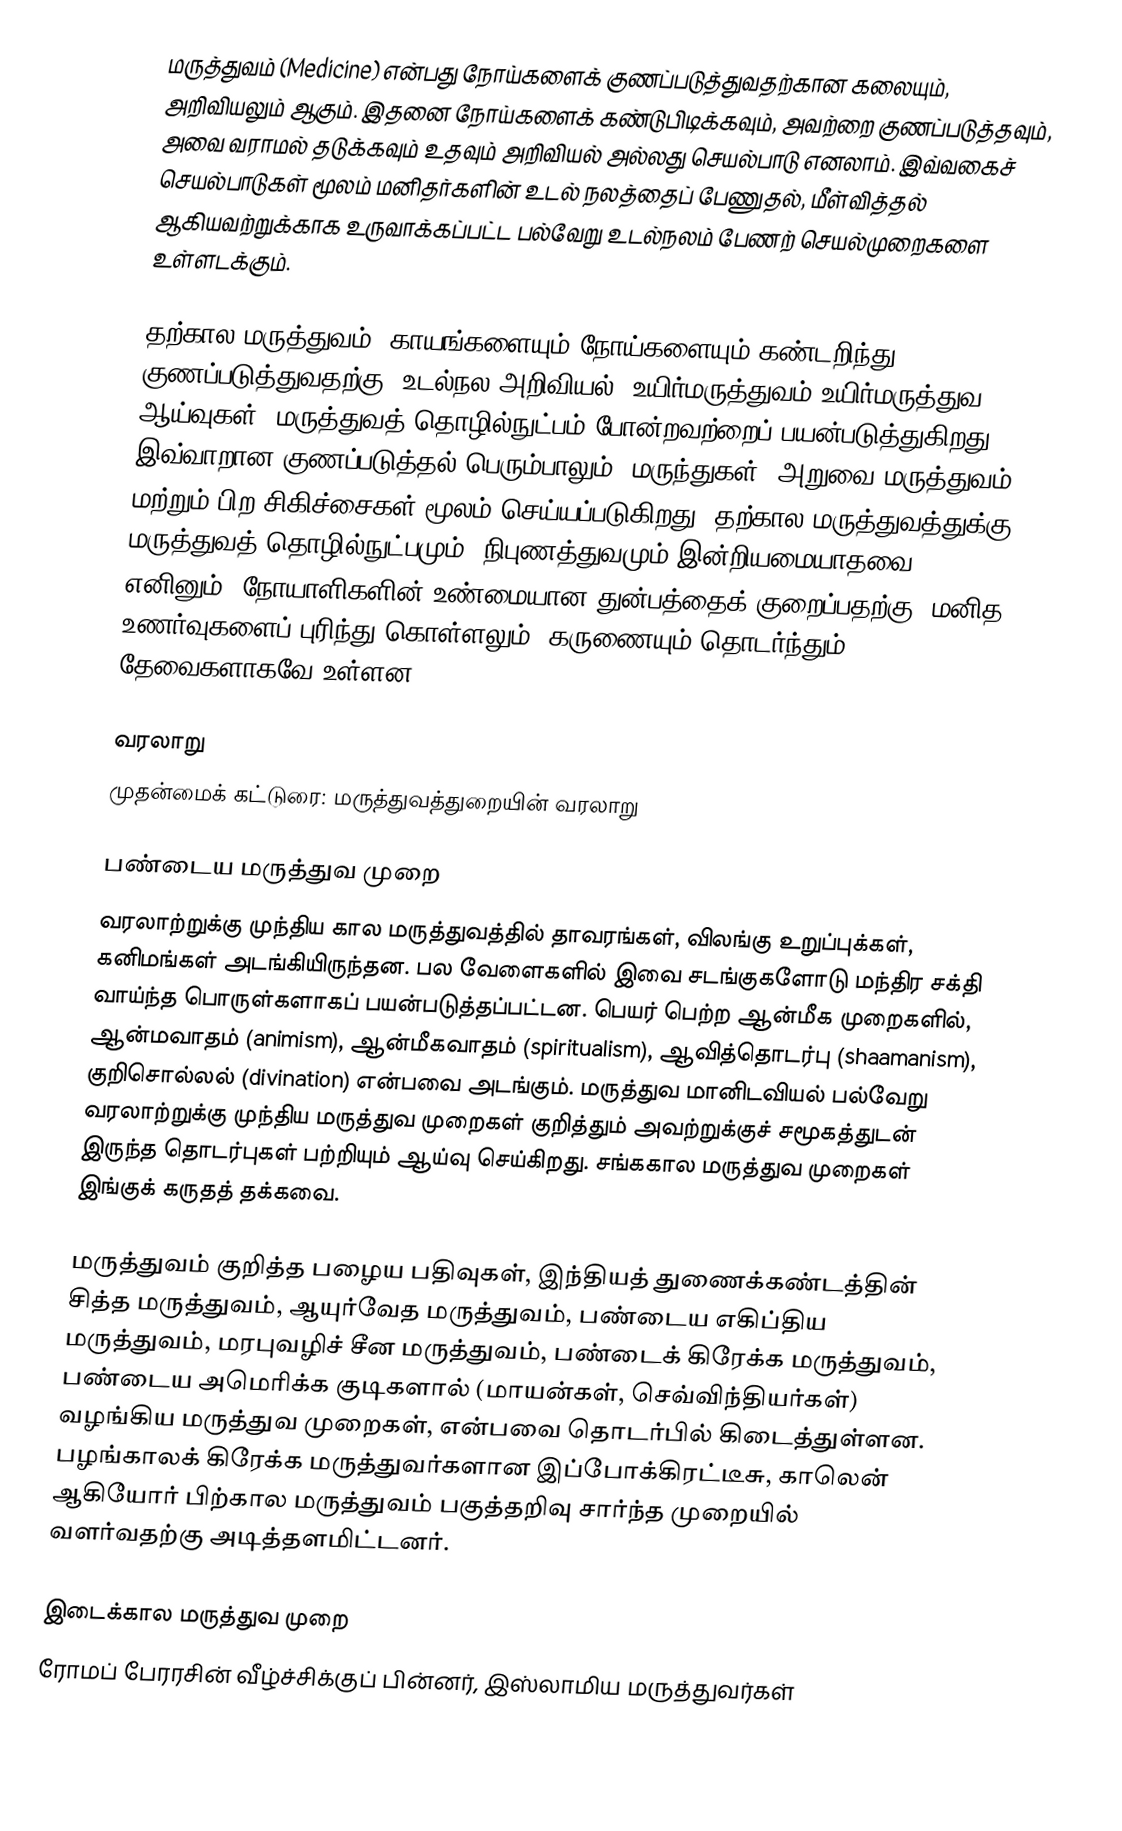
மருத்துவம் (Medicine) என்பது நோய்களைக் குணப்படுத்துவதற்கான கலையும், அறிவியலும் ஆகும். இதனை நோய்களைக் கண்டுபிடிக்கவும், அவற்றை குணப்படுத்தவும், அவை வராமல் தடுக்கவும் உதவும் அறிவியல் அல்லது செயல்பாடு எனலாம். இவ்வகைச் செயல்பாடுகள் மூலம் மனிதர்களின் உடல் நலத்தைப் பேணுதல், மீள்வித்தல் ஆகியவற்றுக்காக உருவாக்கப்பட்ட பல்வேறு உடல்நலம் பேணற் செயல்முறைகளை உள்ளடக்கும்.

தற்கால மருத்துவம், காயங்களையும் நோய்களையும் கண்டறிந்து குணப்படுத்துவதற்கு, உடல்நல அறிவியல், உயிர்மருத்துவம்|உயிர்மருத்துவ ஆய்வுகள், மருத்துவத் தொழில்நுட்பம் போன்றவற்றைப் பயன்படுத்துகிறது. இவ்வாறான குணப்படுத்தல் பெரும்பாலும், மருந்துகள், அறுவை மருத்துவம் மற்றும் பிற சிகிச்சைகள் மூலம் செய்யப்படுகிறது. தற்கால மருத்துவத்துக்கு மருத்துவத் தொழில்நுட்பமும், நிபுணத்துவமும் இன்றியமையாதவை எனினும், நோயாளிகளின் உண்மையான துன்பத்தைக் குறைப்பதற்கு, மனித உணர்வுகளைப் புரிந்து கொள்ளலும், கருணையும் தொடர்ந்தும் தேவைகளாகவே உள்ளன.

வரலாறு
முதன்மைக் கட்டுரை: மருத்துவத்துறையின் வரலாறு

பண்டைய மருத்துவ முறை
வரலாற்றுக்கு முந்திய கால மருத்துவத்தில் தாவரங்கள், விலங்கு உறுப்புக்கள், கனிமங்கள் அடங்கியிருந்தன. பல வேளைகளில் இவை சடங்குகளோடு மந்திர சக்தி வாய்ந்த பொருள்களாகப் பயன்படுத்தப்பட்டன. பெயர் பெற்ற ஆன்மீக முறைகளில், ஆன்மவாதம் (animism), ஆன்மீகவாதம் (spiritualism), ஆவித்தொடர்பு (shaamanism), குறிசொல்லல் (divination) என்பவை அடங்கும். மருத்துவ மானிடவியல் பல்வேறு வரலாற்றுக்கு முந்திய மருத்துவ முறைகள் குறித்தும் அவற்றுக்குச் சமூகத்துடன் இருந்த தொடர்புகள் பற்றியும் ஆய்வு செய்கிறது. சங்ககால மருத்துவ முறைகள் இங்குக் கருதத் தக்கவை.

மருத்துவம் குறித்த பழைய பதிவுகள், இந்தியத் துணைக்கண்டத்தின் சித்த மருத்துவம், ஆயுர்வேத மருத்துவம், பண்டைய எகிப்திய மருத்துவம், மரபுவழிச் சீன மருத்துவம், பண்டைக் கிரேக்க மருத்துவம், பண்டைய அமெரிக்க குடிகளால் (மாயன்கள், செவ்விந்தியர்கள்) வழங்கிய மருத்துவ முறைகள், என்பவை தொடர்பில் கிடைத்துள்ளன. பழங்காலக் கிரேக்க மருத்துவர்களான இப்போக்கிரட்டீசு, காலென் ஆகியோர் பிற்கால மருத்துவம் பகுத்தறிவு சார்ந்த முறையில் வளர்வதற்கு அடித்தளமிட்டனர்.

இடைக்கால மருத்துவ முறை
ரோமப் பேரரசின் வீழ்ச்சிக்குப் பின்னர், இஸ்லாமிய மருத்துவர்கள்